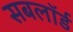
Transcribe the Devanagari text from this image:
सबलॉर्ड